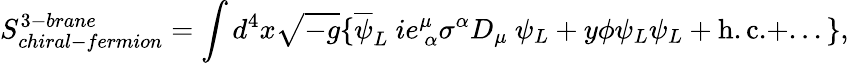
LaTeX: S_{chiral-fermion}^{3-brane}=\int d^{4}x\sqrt{-g}\{ \overline{{{\psi}}}_{L}~ie_{~\alpha}^{\mu}\sigma^{\alpha}D_{\mu}~\psi_{L}+y\phi\psi_{L}\psi_{L}+\mathrm{h.c.}+...\} ,